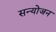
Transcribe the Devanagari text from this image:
सन्योजन